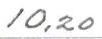
10,20